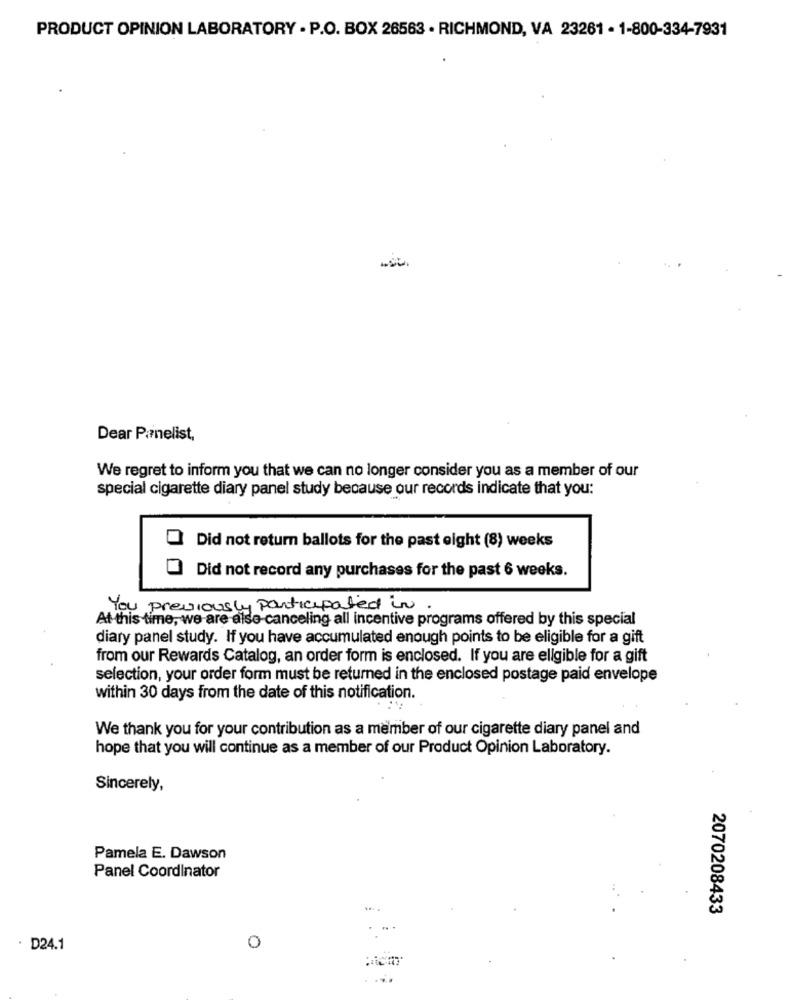
PRODUCT OPINION LABORATORY . P.O. BOX 26563 . RICHMOND, VA 23261 - 1-800-334-7931
Dear Parnelist,
We regret to inform you that we can no longer consider you as a member of our
special cigarette diary panel study because our records indicate that you:
Did not return ballots for the past eight (8) weeks
Did not record any purchases for the past 6 weeks.
You previously participated in
At this time, we are alse canceling all incentive programs offered by this special
diary panel study. If you have accumulated enough points to be eligible for a gift
from our Rewards Catalog, an order form is enclosed. If you are eligible for a gift
selection, your order form must be returned in the enclosed postage paid envelope
within 30 days from the date of this notification.
We thank you for your contribution as a member of our cigarette diary panel and
hope that you will continue as a member of our Product Opinion Laboratory.
Sincerely,
Pamela E. Dawson
Panel Coordinator
2070208433
· D24.1
O